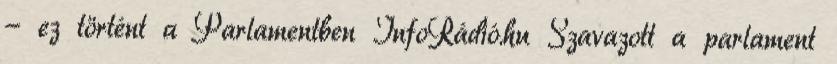
- ez történt a Parlamentben InfoRádió.hu Szavazott a parlament